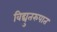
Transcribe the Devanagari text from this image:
विद्युतरुपात